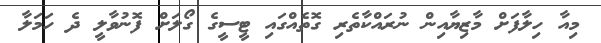
މިއާ ހިލާފަށް މާޒިޔާއިން ނުރައްކާތެރި ގޮތެއްގައި ޓީސީގެ ގޯލަށް ފޮނުވާލީ ދެ ހަމަލާ